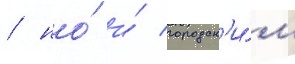
/ но́ и́ городск'и́м